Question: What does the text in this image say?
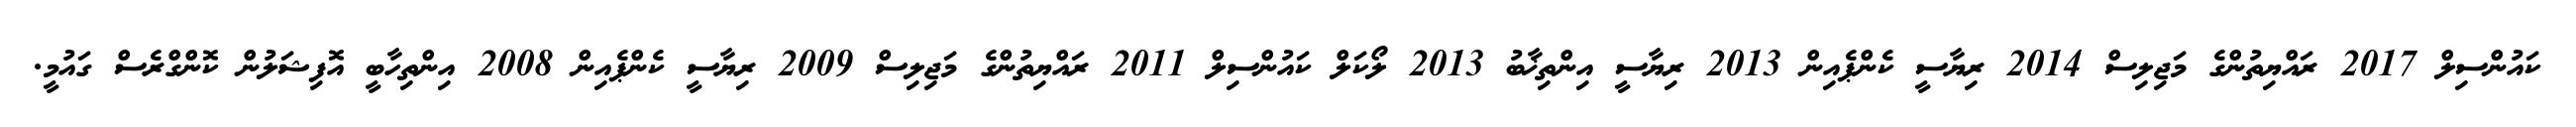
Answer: ކައުންސިލް 2017 ރައްޔިތުންގެ މަޖިލިސް 2014 ރިޔާސީ ކެންޕެއިން 2013 ރިޔާސީ އިންތިޚާބު 2013 ލޯކަލް ކައުންސިލް 2011 ރައްޔިތުންގެ މަޖިލިސް 2009 ރިޔާސީ ކެންޕެއިން 2008 އިންތިހާބީ އޮފިޝަލުން ކޮންގްރެސް ގައުމީ.